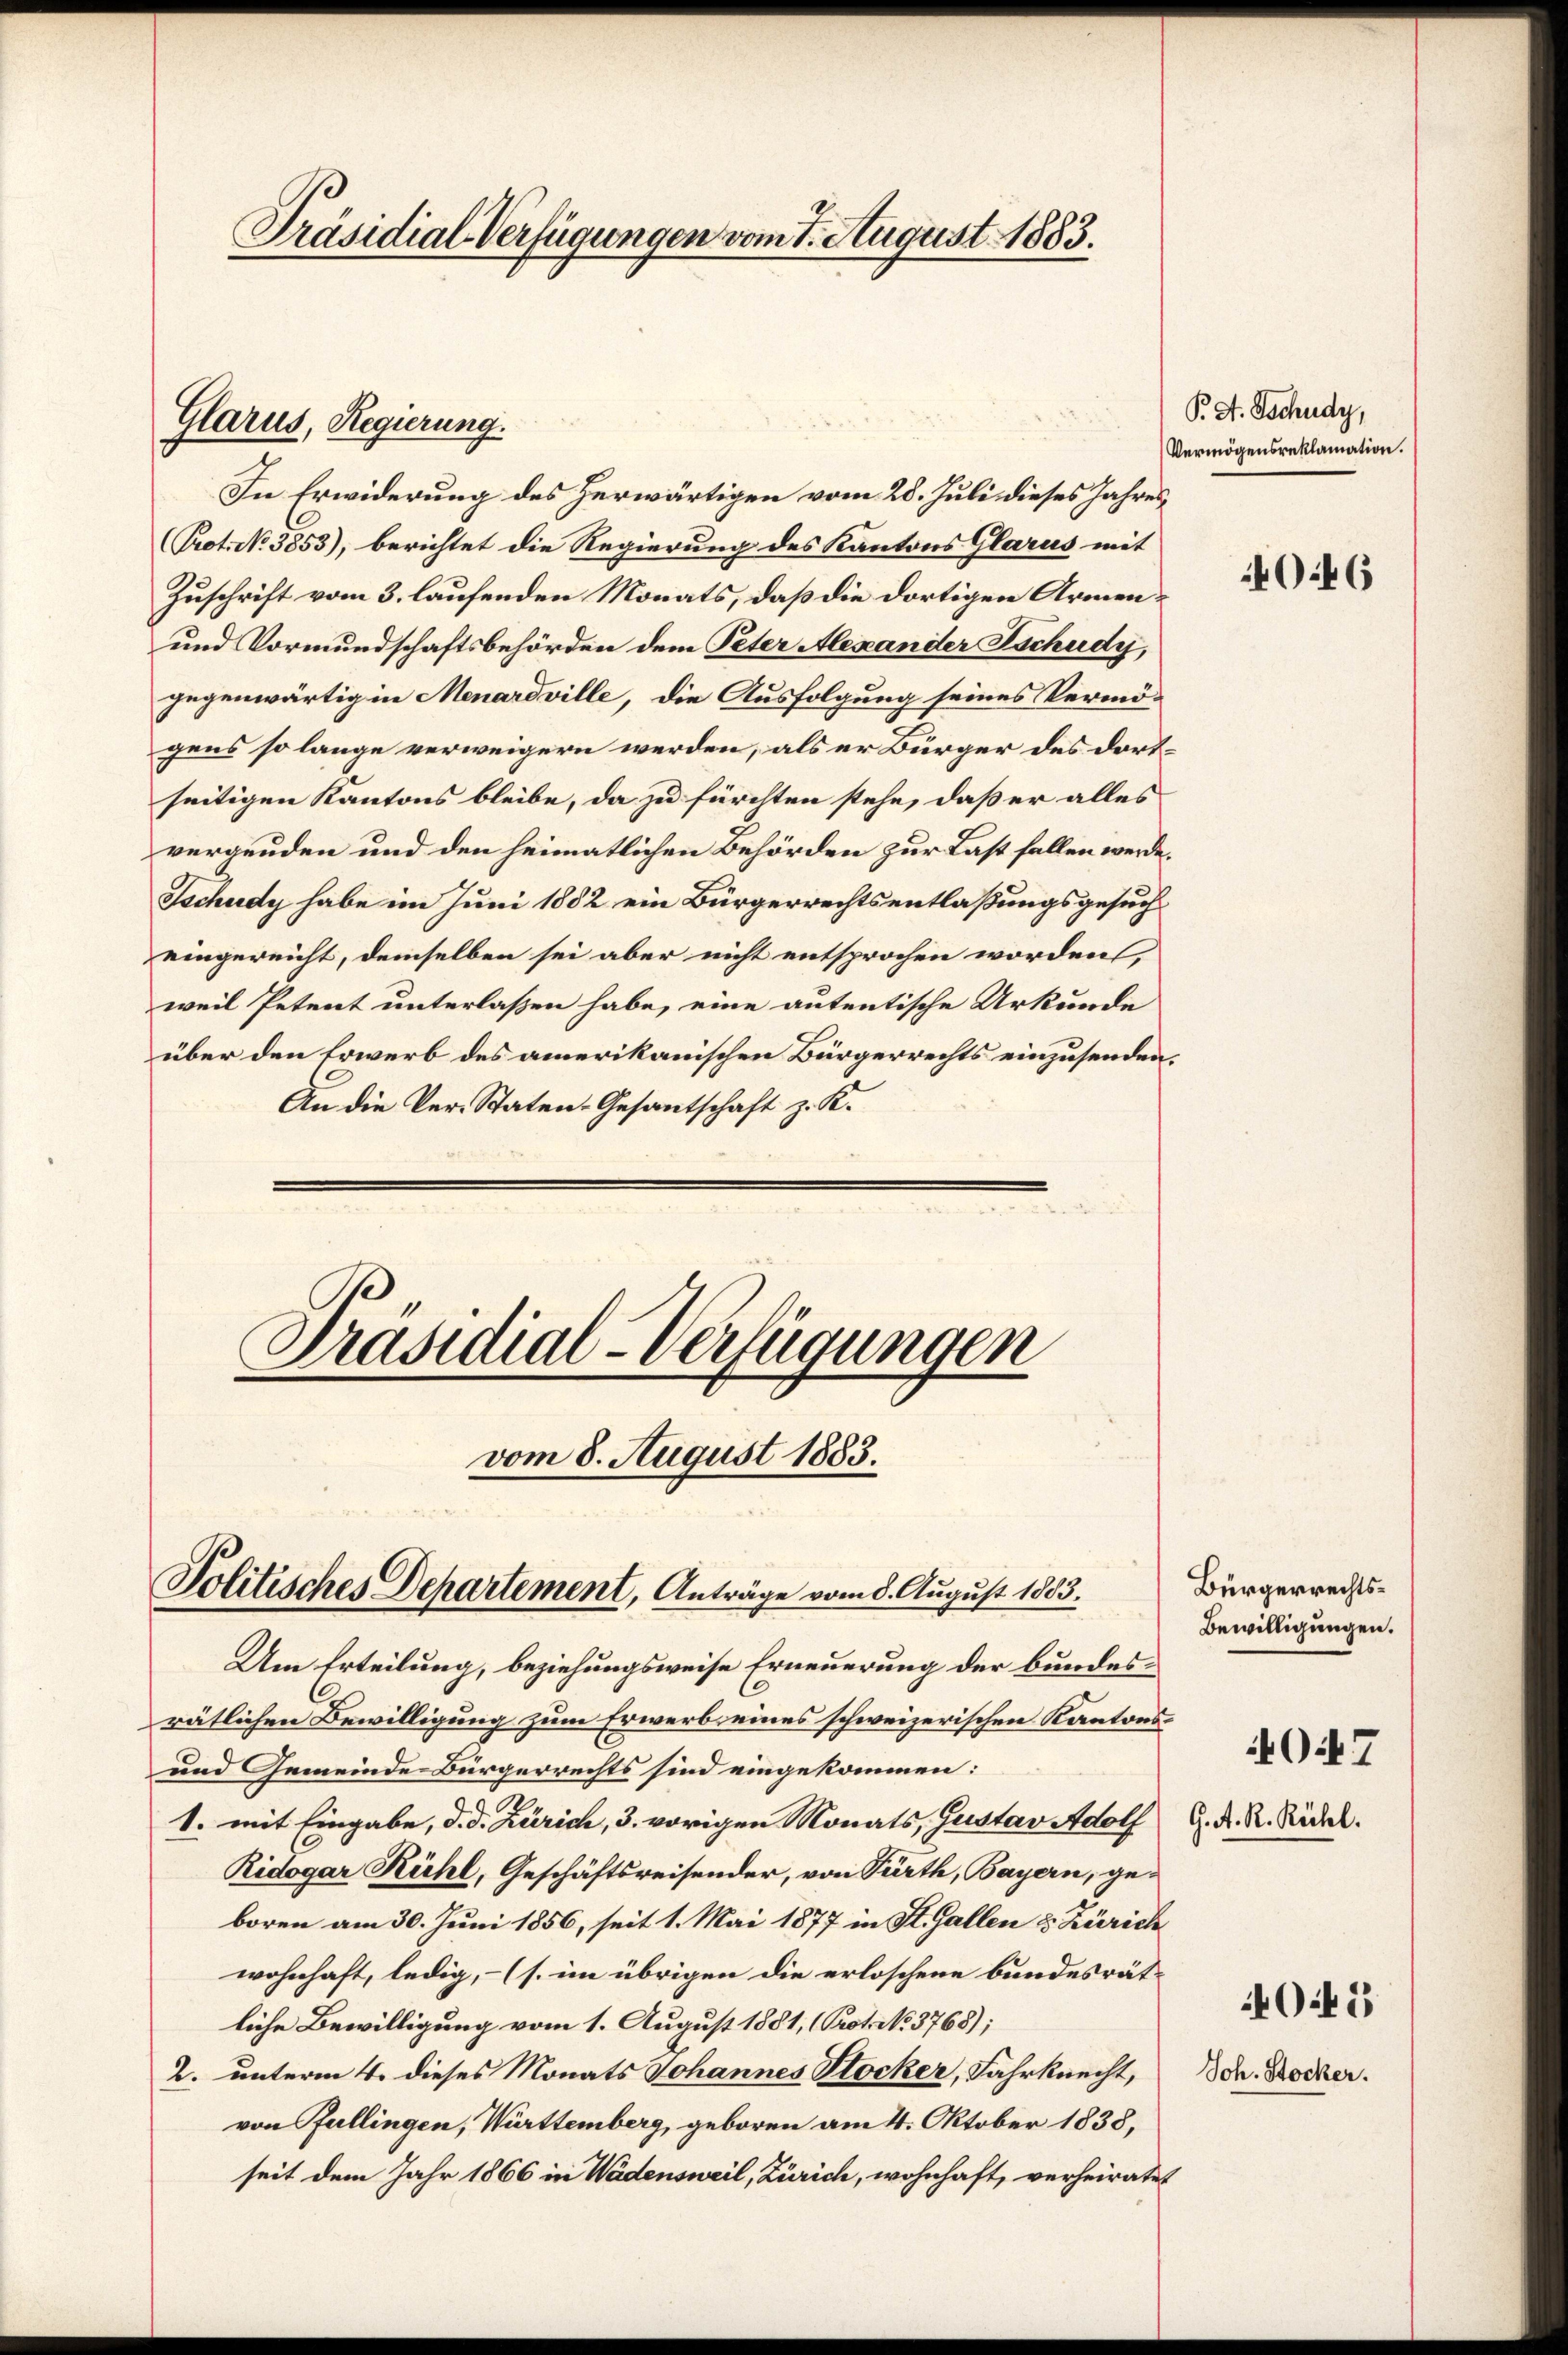
Präsidial-Verfügungen vom 8. August 1883.

Glarus, Regierung.

In Erwiderung des herwärtigen vom 28. Juli dieses Jahres¬
(Prot. No 3853), berichtet die Regierung des Kantons Glarus mit
Zuschrift vom 3. laufenden Monats, daß die dortigen Armen¬
und Vormundschaftsbehörden dem Peter Alexander Tschudy,
gegenwärtig in Menardville, die Ausfolgung seines Vermö-
gens so lange verweigern werden, als er Bürger des dortseitigen Kantons bleibe, da zu fürchten stehe, daß er alles
vergenden und den heimatlichen Behörden zur Last fallen werde.
Tschudy habe im Juni 1882 ein Bürgerrechtsentlaßungsgesuch
eingereicht, demselben sei aber nicht entsprochen worden,
weil Petent unterlassen habe, eine autentische Urkunde
über den Erwerb des amerikanischen Bürgerrechts einzusenden.
An die Ver-Staten-Gesantschaft z. K.

Präsidial-Verfügungen
vom 8. August 1883.
Politisches Departement, Anträge vom 8. August 1803.

Um Erteilung, beziehungsweise Erneuerung der bundesrätlichen Bewilligung zum Erwerb eines schweizerischen Kantons¬
und Gemeinde Bürgerrechts sind eingekommen:
1. mit Eingabe, d. d. Zürich, 3. vorigen Monats, Gustav Adolf G. K. R. Röhl.
Ridogar Rühl, Geschäftsreisender, von Fürth, Bayern, geboren am 30. Juni 1856, seit 1. Mai 1877 in St. Gallen & Zürich
wohnhaft, ledig, – (s. im übrigen die erloschene bundesrätliche Bewilligung vom 1. August 1881, (Prot. No. 3768);
2. unterm 4. dieses Monats Johannes Stocker, Fahrknecht,
von Fullingen, Württemberg, geboren am 4. Oktober 1838,
seit dem Jahr 1866 in Wädensweil, Zürich, wohnhaft, verheiratet

P. A. Tschudy,
Vermögensreklamation.

046

Bürgerrechts¬
Bewilligungen.

Oi7

405

Joh. Stocker.